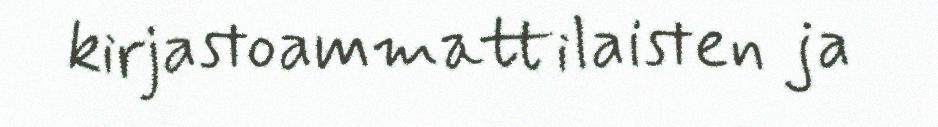
kirjastoammattilaisten ja